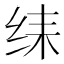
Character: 𱺛